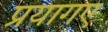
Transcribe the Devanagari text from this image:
प्रयागए